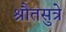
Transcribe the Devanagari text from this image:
श्रौतसुत्रे